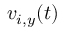
v _ { i , y } ( t )